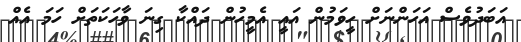
އަބަދުވެސް އަހަންނަށް ހީވަމުން އައީ އެމީހުން ދައްކާ ގިނަ ވާހަކަތަށް ހަމަ އެއް